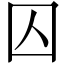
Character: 囚